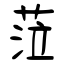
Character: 蒞